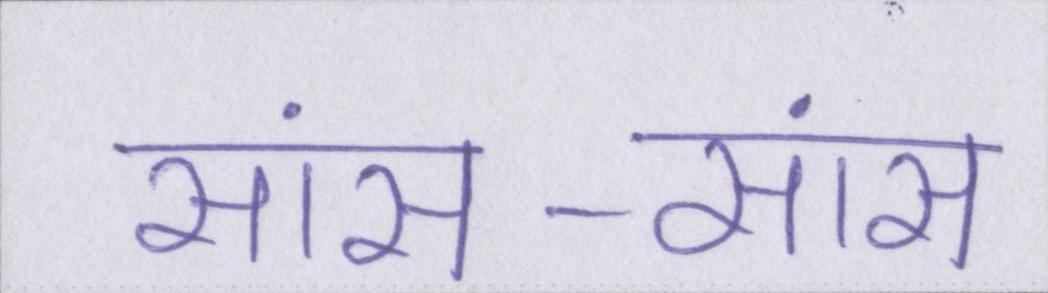
सांस-सांस